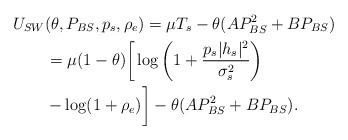
LaTeX: \begin{align*}& U_{SW}(\theta,P_{BS},p_{s},\rho_{e}) = \mu T_{s} - \theta (AP_{BS}^{2} + BP_{BS}) \\&~~~~~~ = \mu(1-\theta) \bigg[ \log\bigg( 1 + \frac{p_{s} |h_{s}|^{2}}{ \sigma_{s}^{2}} \bigg) \\&~~~~~~ - \log (1 + \rho_{e})\bigg] - \theta (A P_{BS}^{2} + B P_{BS}).\end{align*}